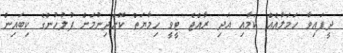
ދީފައިވާ ހަމަލާއެއް ކަމާއި އަދި ރާއްޖެ ޓީވީ ހިމާޔަތް ކޮށްދިނުމަށް ފުލުހުންގެ ކިބައިން